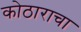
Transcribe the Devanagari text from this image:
कोठाराचा